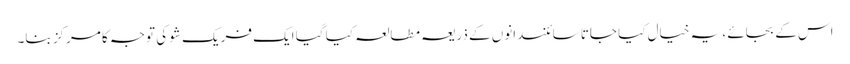
اس کے بجائے ، یہ خیال کیا جاتا سائنسدانوں کے ذریعہ مطالعہ کیا گیا ایک فریک شو کی توجہ کا مرکز بنا۔